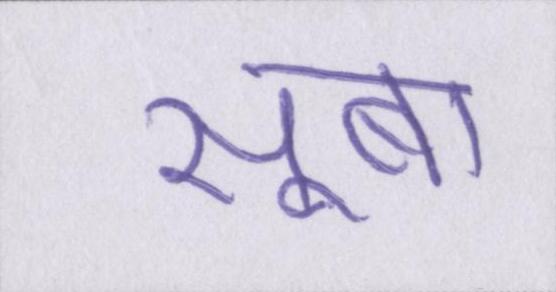
सूबा